Annual administration report of the Civil Veterinary Department of India - 1895-1896
Year: 1895
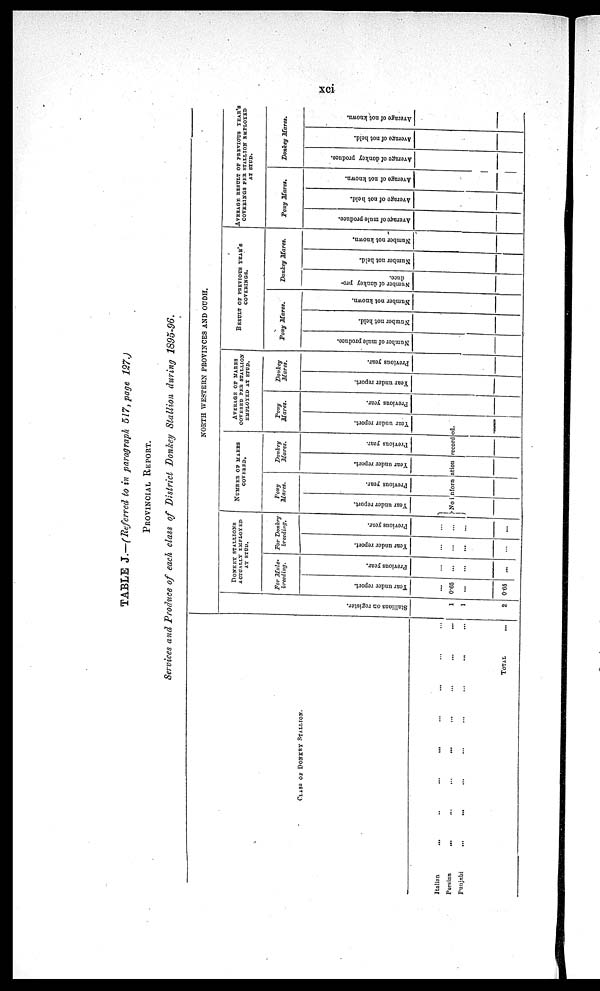
xci
TABLE J.—(Referred to in paragraph 517, page 127.)
PROVINCIAL REPORT.
Services and Produce of each class of District Donkey Stallion during 1895-96.
CLASS OF DONKEY STALLION.
Italian ... ... ... ... ... ... ... ...
Persian ... ... ... ... ... ... ... ...
Punjabi ... ... ... ... ... ... ... ...
TOTAL ...
NORTH WESTERN PROVINCES AND OUDH.
St al l
i
ons on register.
1
1
2
DONKEY STALLIONS
AOTUALLY EMPLOYED
AT STUD.
For Mule.
breeding.
Tear under report.
...
0..65
...
0.65
Previous year.
...
...
...
...
For Donkey
breeding.
Year under report.
...
...
...
...
Previous year.
...
...
...
...
NUMBER OP MARES
COVERED.
Pony
Mares.
Year under report.
Previous year.
Donkey
Mares.
Year under report.
Previous year.
AVERAGE OF MARES
COVERED PER STALLION
EMPLOYED AT STUD.
Pony
Mares.
Year under report.
No information recorded.
Previous year.
Donkey
Marcs.
Year under report.
Previous year.
RESULT OF PERVIOUS YEAR'S
COVERINGS.
Pony
Mares.
Number of mule produce.
Number not held.
Number not known.
Donkey
Mares.
Number of donkey pro-
duce.
Number not held.
Number not known.
AVERAGE RESULT OF PREVIOUS YEAR'S
COVERINGS PER STALLION EMPLOYED
AT STUD.
Pony
Mares.
Average of mule produce.
Average of not held.
Average of not known.
Donkey
Mares.
Average of donkey produce
Average of not held.
Average of not known.